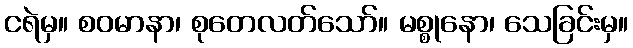
ငရဲမှ။ စဝမာနာ၊ စုတေလတ်သော်။ မစ္စုနော၊ သေခြင်းမှ။